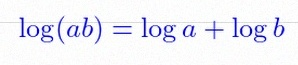
\log(ab)=\log a+\log b